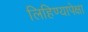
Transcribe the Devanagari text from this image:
लिहिण्यापेक्षा